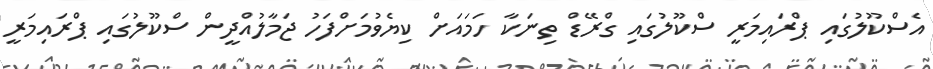
އެސްކޫލުގައި ޕްރައިމަރީ ސްކޫލުގައި ގްރޭޑް ތިނަކާ ހަމައަށް ކިޔެވުމަށްފަހު ޖަމާލުއްދީން ސްކޫލުގައި ޕްރައިމަރީ